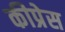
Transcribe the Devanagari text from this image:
कीप्रेस